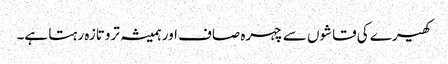
کھیرے کی قاشوں سے چہرہ صاف اور ہمیشہ تروتازہ رہتا ہے۔